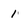
Character: 1